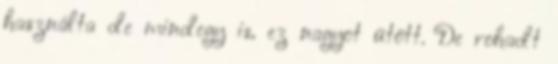
használta de mindegy is, ez nagyot ütött. De rohadt